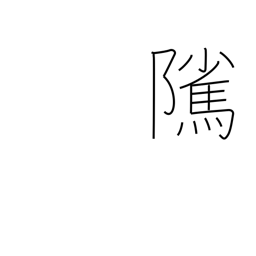
Meaning: stallion